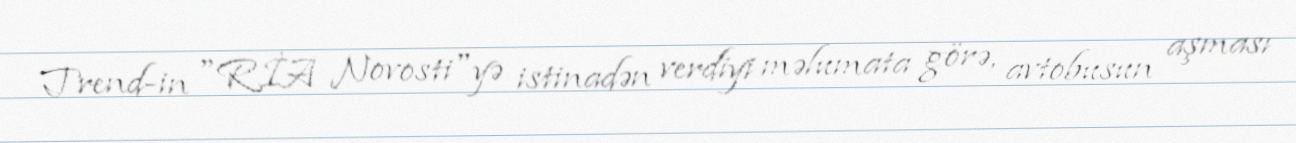
Trend-in "RİA Novosti"yə istinadən verdiyi məlumata görə, avtobusun aşması